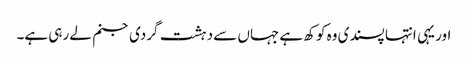
اور یہی انتہا پسندی وہ کوکھ ہے جہاں سے دہشت گردی جنم لے رہی ہے۔